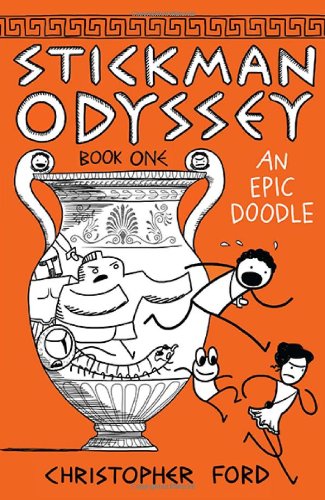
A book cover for Stickman Odyssey, Book 1: An Epic Doodle; Christopher Ford; Children's Books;